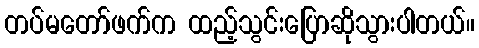
တပ်မတော်ဖက်က ထည့်သွင်းပြောဆိုသွားပါတယ်။